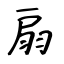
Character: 扇